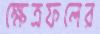
ক্ষেত্রফলের